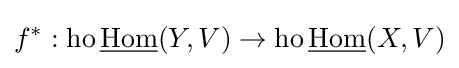
f^{*}:\operatorname {ho} {\underline {\operatorname {Hom} }}(Y,V)\to \operatorname {ho} {\underline {\operatorname {Hom} }}(X,V)